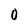
Character: 0